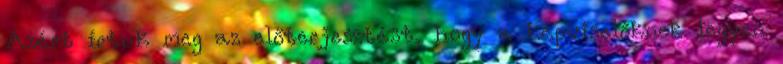
Azért írtuk meg az előterjesztést, hogy a képviselőknek legyen